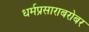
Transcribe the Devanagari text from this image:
धर्मप्रसाराबरोबर